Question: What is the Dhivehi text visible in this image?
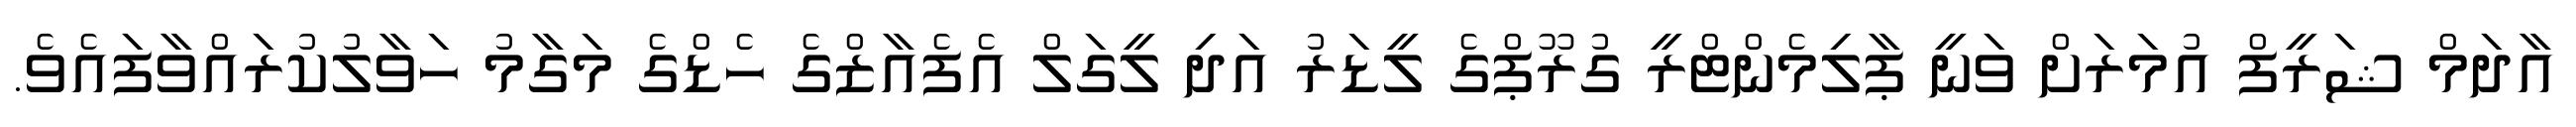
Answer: އާދަމް ޝަރީފް އުމަރަށް ވަނީ ޕާލިމެންޓްރީ ގުރޫޕްގެ ލީޑަރު އަދި ލީގަލް އެފެއާޒްގެ ހެޑްގެ މަގާމު ހަވާލުކުރައްވާފައެވެ.